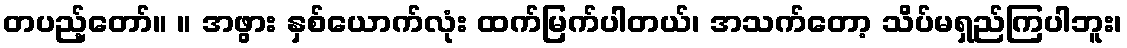
တပည့်တော်။ ။ အဖွား နှစ်ယောက်လုံး ထက်မြက်ပါတယ်၊ အသက်တော့ သိပ်မရှည်ကြပါဘူး၊